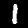
Digit: 1